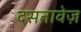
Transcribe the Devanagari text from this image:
दसतावेज़